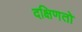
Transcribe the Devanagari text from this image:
दक्षिणतो